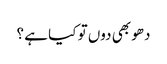
دھو بھی دوں تو کیا ہے ؟